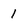
Character: 1